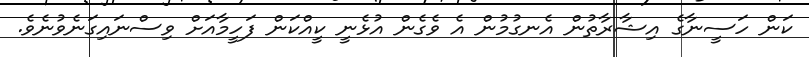
ކަން ހަސީނާގެ އިޝާރާތުން އެނގުމުން އެ ވެގެން އުޅެނީ ކީއްކަން ފަހީމާއަށް ވިސްނައިގަނެވުނެވެ.